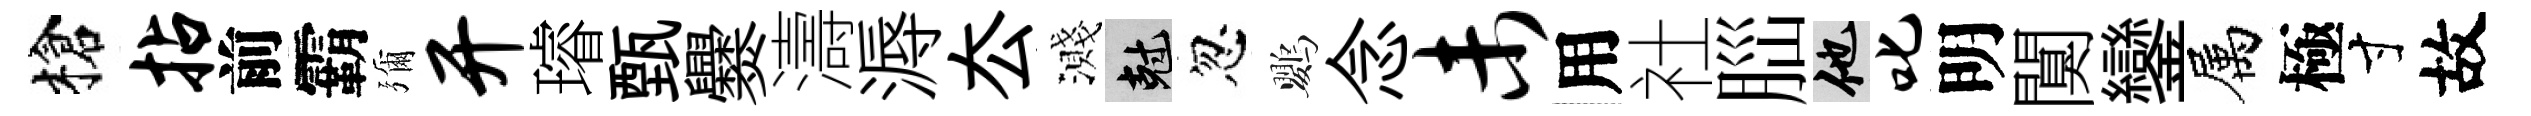
槍拈前霸彌开璿甄爨濤溽厺濺剋忽鸚念未用社𦛁他叱明闃鑾属極寸故